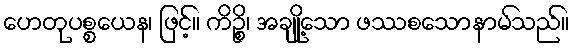
ဟေတုပစ္စယေန၊ ဖြင့်။ ကိဉ္စိ၊ အချို့သော ဖဿစသောနာမ်သည်။